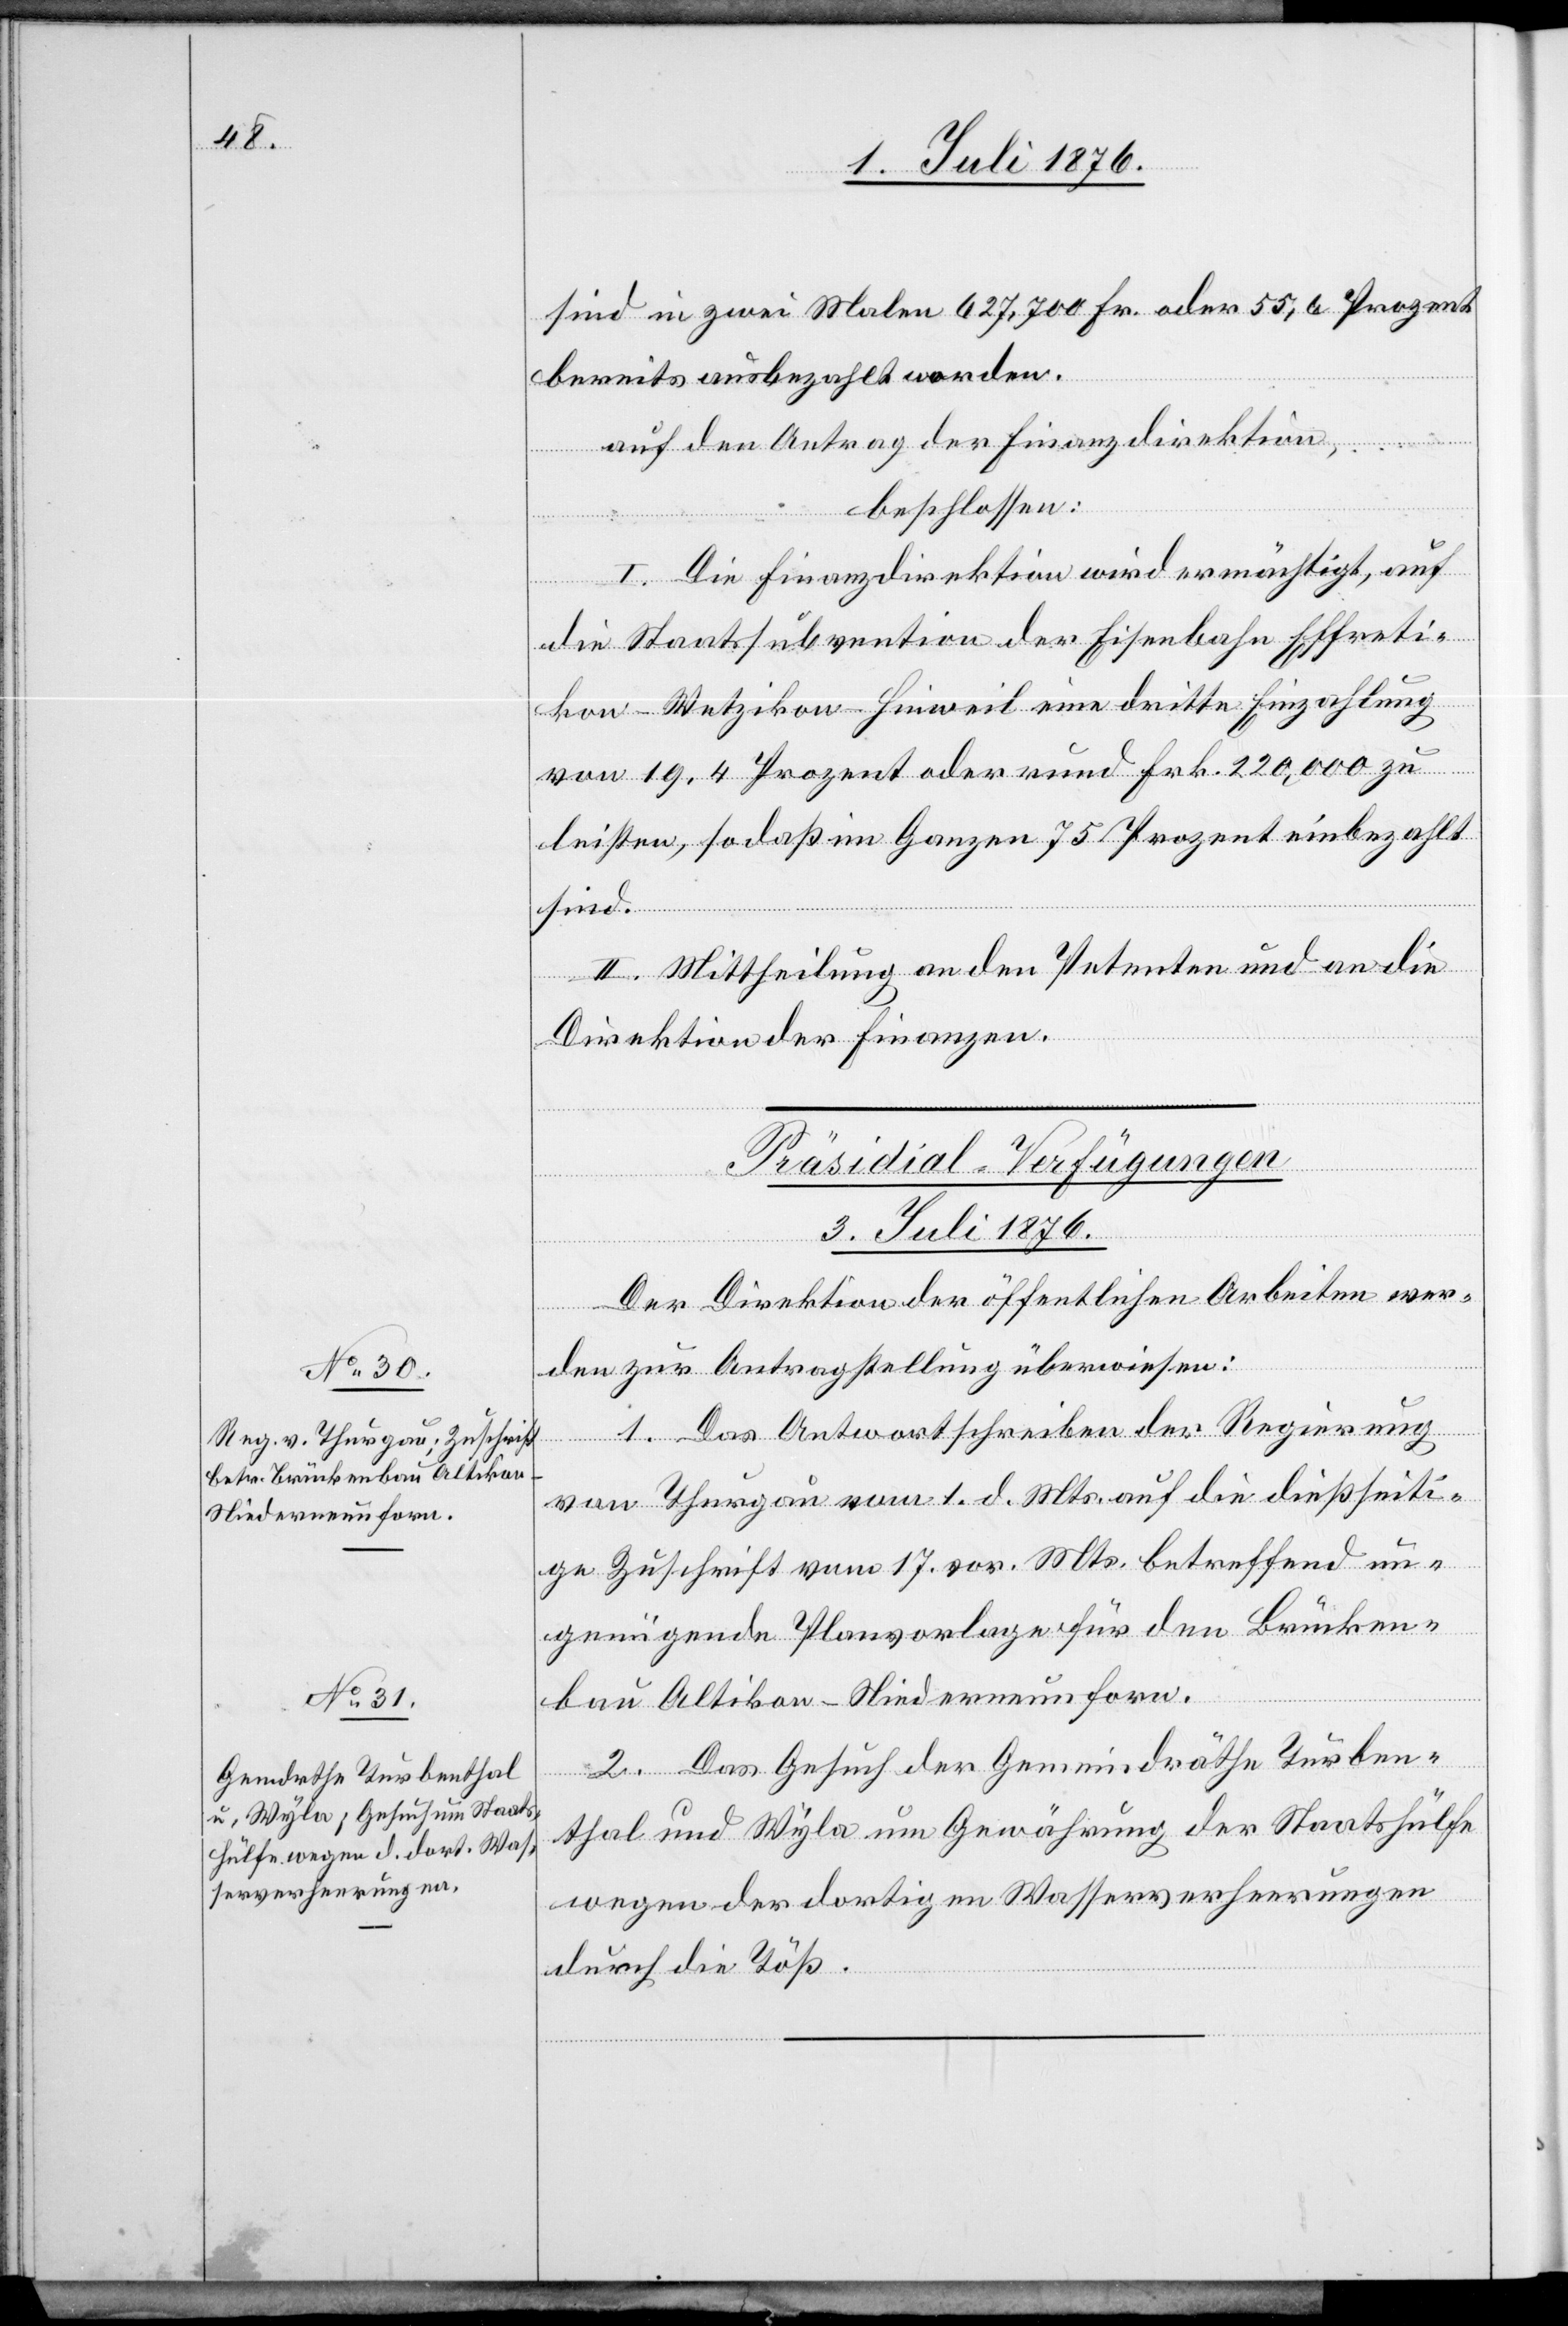
sind in zwei Malen 627,700 Fr. oder 55,6 Prozent
bereits ausbezahlt worden.
auf den Antrag der Finanzdirektion,
beschlossen:
[Fortsetzung
I. Die Finanzdirektion wird ermächtigt, auf
die Staatssubvention der Eisenbahn Effreti¬
kon–Wetzikon–Hinweil eine dritte Einzahlung
von 19,4 Prozent oder rund Frk. 220,000 zu
leisten, so daß im Ganzen 75 Prozent einbezahlt
sind.
II. Mittheilung an den Petenten und an die
Direktion der Finanzen.
[Präsidial-Verfügungen
3. Juli 1876.]
Der Direktion der öffentlichen Arbeiten wer¬
den zur Antragstellung überwiesen:
1. Das Antwortschreiben der Regierung
von Thurgau vom 1. d. Mts. auf die dießseiti¬
ge Zuschrift vom 17. vor. Mts. betreffend un¬
genügende Planvorlage für den Brücken¬
bau Altikon - Niederneunforn.
2. Das Gesuch der Gemeindräthe Turben¬
thal und Wyla um Gewährung der Staatshülfe
wegen der dortigen Wasserverheerungen
durch die Töß.